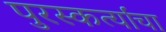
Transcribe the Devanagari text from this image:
पुरस्कर्त्यांचा